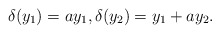
\begin{align*}\delta(y_1) = ay_1, \delta(y_2)=y_1+ay_2.\end{align*}